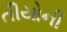
તીયોની